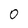
Character: O